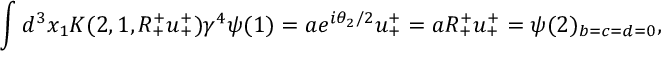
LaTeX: \int d ^ { 3 } x _ { 1 } K ( 2 , 1 , R _ { + } ^ { + } u _ { + } ^ { + } ) \gamma ^ { 4 } \psi ( 1 ) = a e ^ { i \theta _ { 2 } / 2 } u _ { + } ^ { + } = a R _ { + } ^ { + } u _ { + } ^ { + } = \psi ( 2 ) _ { b = c = d = 0 } ,